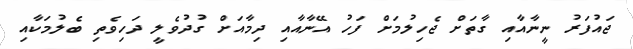
ޖައުފަރު ނީނާއާއި ގާތަށް ޖެހިލުމަށް ފަހު އޭނާއާއި ދިމާއަށް ގުދުވެލީ ދަހިވެތި ބެލުމަކާއި